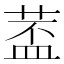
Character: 𱽵